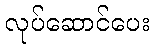
လုပ်ဆောင်ပေး